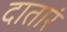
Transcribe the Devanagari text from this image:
दातारं